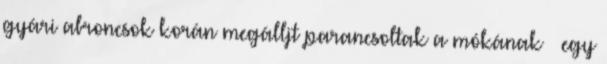
gyári abroncsok korán megálljt parancsoltak a mókának – egy